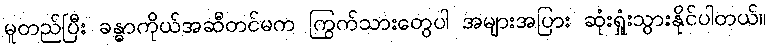
မူတည်ပြီး ခန္ဓာကိုယ်အဆီတင်မက ကြွက်သားတွေပါ အများအပြား ဆုံးရှုံးသွားနိုင်ပါတယ်။